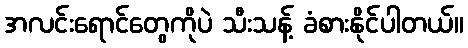
အလင်းရောင်တွေကိုပဲ သီးသန့် ခံစားနိုင်ပါတယ်။